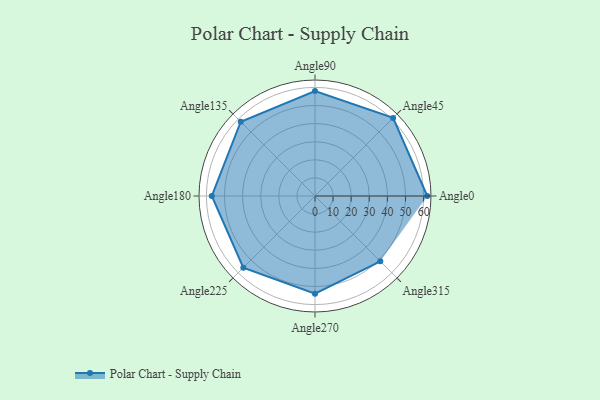
{"axis": {"x": "Angle", "y": "Radius"}, "legend": [""], "data": [{"x": "Angle0", "y": 62.0, "type": ""}, {"x": "Angle45", "y": 61.0, "type": ""}, {"x": "Angle90", "y": 58.0, "type": ""}, {"x": "Angle135", "y": 58.0, "type": ""}, {"x": "Angle180", "y": 57.0, "type": ""}, {"x": "Angle225", "y": 56.0, "type": ""}, {"x": "Angle270", "y": 54.0, "type": ""}, {"x": "Angle315", "y": 51.0, "type": ""}]}